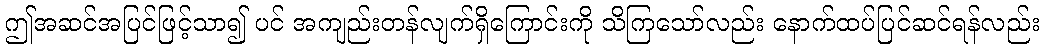
ဤအဆင်အပြင်ဖြင့်သာ၍ ပင် အကျည်းတန်လျက်ရှိကြောင်းကို သိကြသော်လည်း နောက်ထပ်ပြင်ဆင်ရန်လည်း